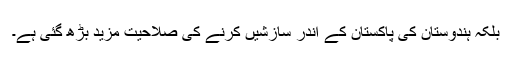
بلکہ ہندوستان کی پاکستان کے اندر سازشیں کرنے کی صلاحیت مزید بڑھ گئی ہے۔